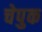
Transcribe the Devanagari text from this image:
चेपुक